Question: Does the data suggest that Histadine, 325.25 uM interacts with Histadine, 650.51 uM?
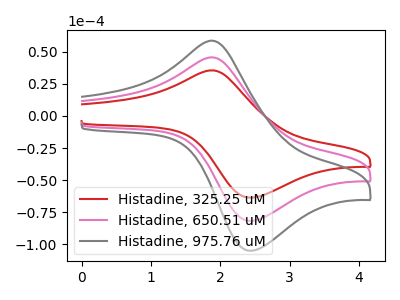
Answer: <think>The red curve "Histadine, 325.25 uM" has an anodic peak at (1.90V, 35.60uA) and a cathodic peak at (2.45V, -63.70uA). The pink curve "Histadine, 650.51 uM" has an anodic peak at (1.90V, 45.70uA) and a cathodic peak at (2.45V, -81.80uA). The gray curve "Histadine, 975.76 uM" has an anodic peak at (1.90V, 91.40uA) and a cathodic peak at (2.45V, -163.60uA).
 All the peaks in "Histadine, 325.25 uM" have a peak in "Histadine, 650.51 uM" at the same potential. Every peak in "Histadine, 325.25 uM" is lower than every peak in "Histadine, 650.51 uM".</think>
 <answer>No, "Histadine, 325.25 uM" and "Histadine, 650.51 uM" don't appear to be significantly different in shape</answer>
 <eval>no_change</eval>